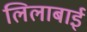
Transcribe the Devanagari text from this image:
लिलाबाई